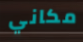
مكاني